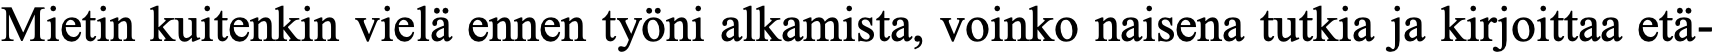
Mietin kuitenkin vielä ennen työni alkamista, voinko naisena tutkia ja kirjoittaa etä-